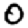
Digit: 0